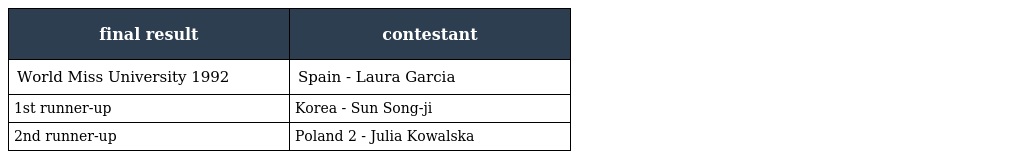
| final result | contestant |
 | --- | --- |
 | World Miss University 1992 | Spain - Laura Garcia |
 | 1st runner-up | Korea - Sun Song-ji |
 | 2nd runner-up | Poland 2 - Julia Kowalska |